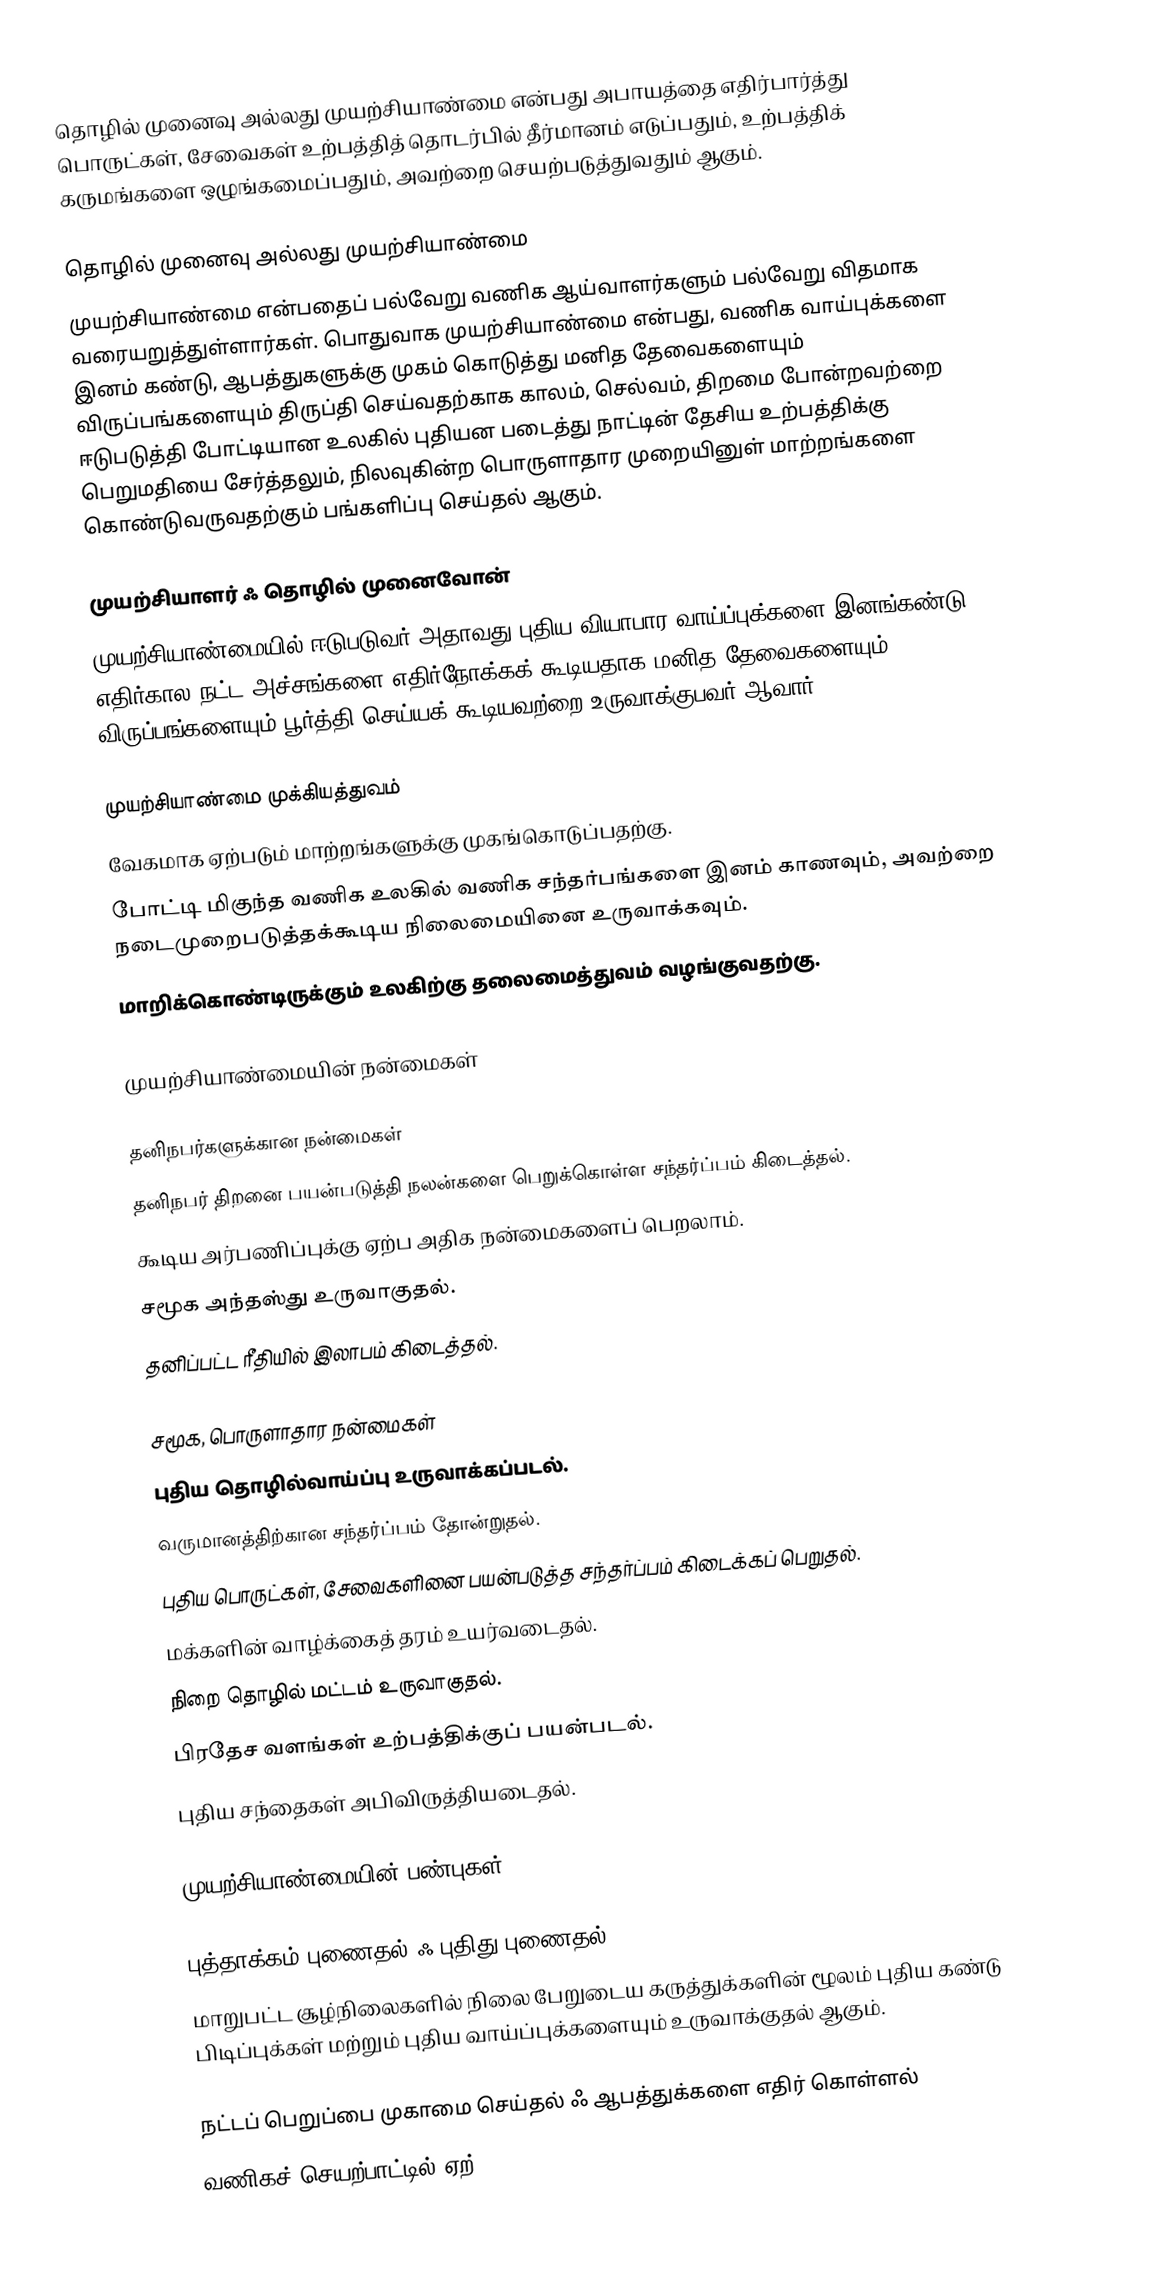
தொழில் முனைவு அல்லது முயற்சியாண்மை என்பது அபாயத்தை எதிர்பார்த்து பொருட்கள், சேவைகள் உற்பத்தித் தொடர்பில் தீர்மானம் எடுப்பதும், உற்பத்திக் கருமங்களை ஒழுங்கமைப்பதும், அவற்றை செயற்படுத்துவதும் ஆகும்.

தொழில் முனைவு அல்லது முயற்சியாண்மை
முயற்சியாண்மை என்பதைப் பல்வேறு வணிக ஆய்வாளர்களும் பல்வேறு விதமாக வரையறுத்துள்ளார்கள். பொதுவாக முயற்சியாண்மை என்பது, வணிக வாய்புக்களை இனம் கண்டு, ஆபத்துகளுக்கு முகம் கொடுத்து மனித தேவைகளையும் விருப்பங்களையும் திருப்தி செய்வதற்காக காலம், செல்வம், திறமை போன்றவற்றை ஈடுபடுத்தி போட்டியான உலகில் புதியன படைத்து நாட்டின் தேசிய உற்பத்திக்கு பெறுமதியை சேர்த்தலும், நிலவுகின்ற பொருளாதார முறையினுள் மாற்றங்களை கொண்டுவருவதற்கும் பங்களிப்பு செய்தல் ஆகும்.

முயற்சியாளர் ஃ தொழில் முனைவோன்
முயற்சியாண்மையில் ஈடுபடுவர் அதாவது புதிய வியாபார வாய்ப்புக்களை இனங்கண்டு எதிர்கால நட்ட அச்சங்களை எதிர்நோக்கக் கூடியதாக மனித தேவைகளையும் விருப்பங்களையும் பூர்த்தி செய்யக் கூடியவற்றை உருவாக்குபவர் ஆவார்.

முயற்சியாண்மை முக்கியத்துவம்
வேகமாக ஏற்படும் மாற்றங்களுக்கு முகங்கொடுப்பதற்கு.
போட்டி மிகுந்த வணிக உலகில் வணிக சந்தர்பங்களை இனம் காணவும், அவற்றை நடைமுறைபடுத்தக்கூடிய நிலைமையினை உருவாக்கவும்.
மாறிக்கொண்டிருக்கும் உலகிற்கு தலைமைத்துவம் வழங்குவதற்கு.

முயற்சியாண்மையின் நன்மைகள்

தனிநபர்களுக்கான நன்மைகள்
தனிநபர் திறனை பயன்படுத்தி நலன்களை பெறுக்கொள்ள சந்தர்ப்பம் கிடைத்தல்.
கூடிய அர்பணிப்புக்கு ஏற்ப அதிக நன்மைகளைப் பெறலாம்.
சமூக அந்தஸ்து உருவாகுதல்.
தனிப்பட்ட ரீதியில் இலாபம் கிடைத்தல்.

சமூக, பொருளாதார நன்மைகள்
புதிய தொழில்வாய்ப்பு உருவாக்கப்படல்.
வருமானத்திற்கான சந்தர்ப்பம் தோன்றுதல்.
புதிய பொருட்கள், சேவைகளினை பயன்படுத்த சந்தர்ப்பம் கிடைக்கப் பெறுதல்.
மக்களின் வாழ்க்கைத் தரம் உயர்வடைதல்.
நிறை தொழில் மட்டம் உருவாகுதல்.
பிரதேச வளங்கள் உற்பத்திக்குப் பயன்படல்.
புதிய சந்தைகள் அபிவிருத்தியடைதல்.

முயற்சியாண்மையின் பண்புகள்

புத்தாக்கம் புணைதல் ஃ புதிது புணைதல்
மாறுபட்ட சூழ்நிலைகளில் நிலை பேறுடைய கருத்துக்களின் ழூலம் புதிய கண்டு பிடிப்புக்கள் மற்றும் புதிய வாய்ப்புக்களையும் உருவாக்குதல் ஆகும்.

நட்டப் பெறுப்பை முகாமை செய்தல் ஃ ஆபத்துக்களை எதிர் கொள்ளல்
வணிகச் செயற்பாட்டில் ஏற்